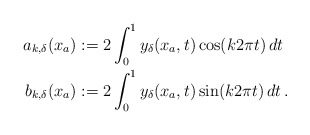
\begin{align*}\begin{aligned}a_{k, \delta}(x_a) &:= 2 \int_{0}^{1} y_\delta(x_a,t)\cos(k 2\pi t)\,dt\\b_{k,\delta}(x_a) &:= 2 \int_{0}^{1} y_\delta(x_a,t)\sin(k 2\pi t)\,dt\,.\end{aligned}\end{align*}